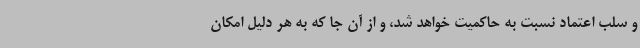
و سلب اعتماد نسبت به حاکمیت خواهد شد، و از آن جا که به هر دلیل امکان